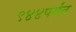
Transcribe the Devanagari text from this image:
९४४पर्यंत